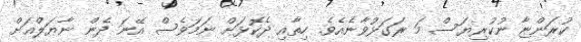
ކުރަންޏާ ނުކުރިޔަސް މަ ރަގަޅުވާނެއެވެ. ހިތާއި ދެކޮޅަށް ނަމަވެސް އޭނަ ދެން ނާޔަލްއަށް